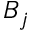
B _ { j }